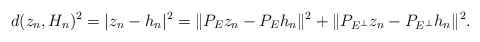
\begin{align*}d(z_n,H_n)^2=|z_n-h_n|^2=\|P_Ez_n-P_Eh_n\|^2+\|P_{E^\bot}z_n-P_{E^\bot}h_n\|^2.\end{align*}